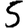
Digit: 5